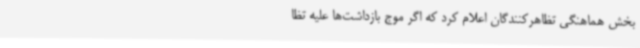
بخش هماهنگی تظاهرکنندگان اعلام کرد که اگر موج بازداشت‌ها علیه تظا